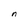
Character: n